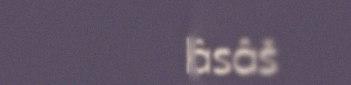
koskâsâš